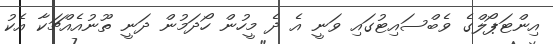
އިންޓަޕޯލްގެ ވެބްސައިޓުގައި ވަނީ އެ ދެ މީހުން ހޯދަމުން ދަނީ ތޫނުއެއްޗަކާ އެކު